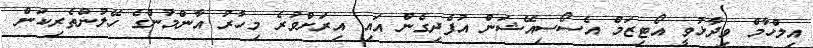
އިލްހާމް ވިދާޅުވީ އޯޓިޒަމް އެސޯސިއޭޝަން އުފެދިގެން އައި އިރަށްވުރެ މިހާރު އާންމުންގެ ހޭލުންތެރިކަން